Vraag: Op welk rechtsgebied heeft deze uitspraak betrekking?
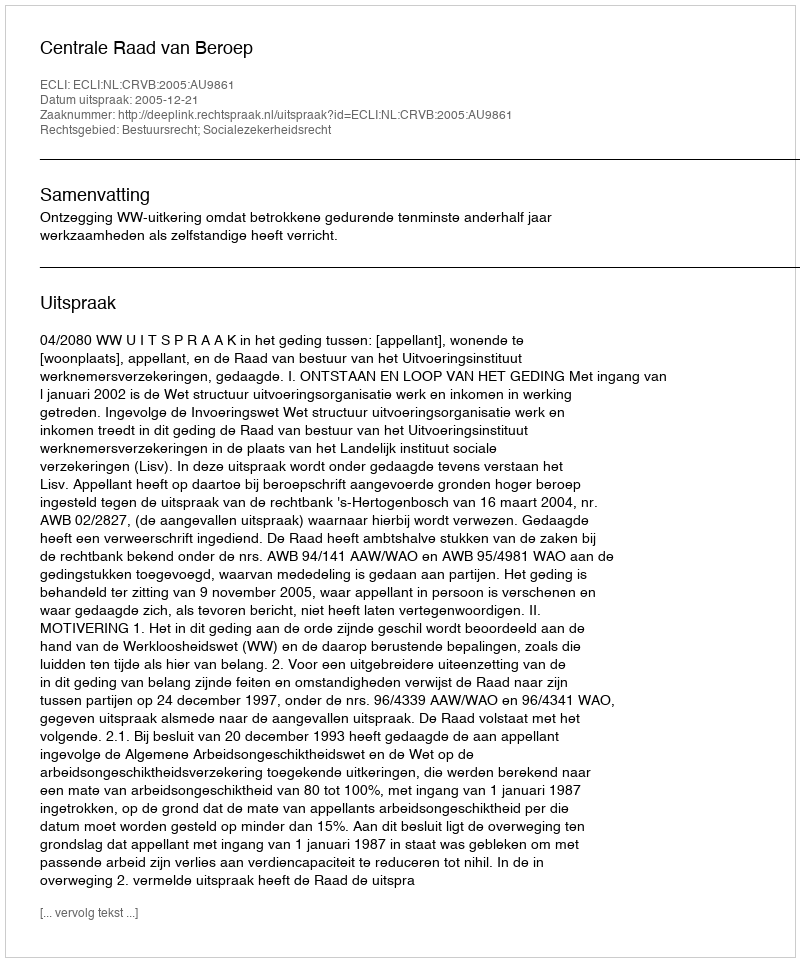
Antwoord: Bestuursrecht; Socialezekerheidsrecht